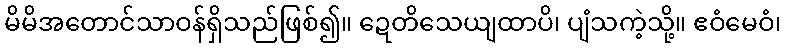
မိမိအတောင်သာဝန်ရှိသည်ဖြစ်၍။ ဍေတိသေယျထာပိ၊ ပျံသကဲ့သို့။ ဧဝံမေဝံ၊